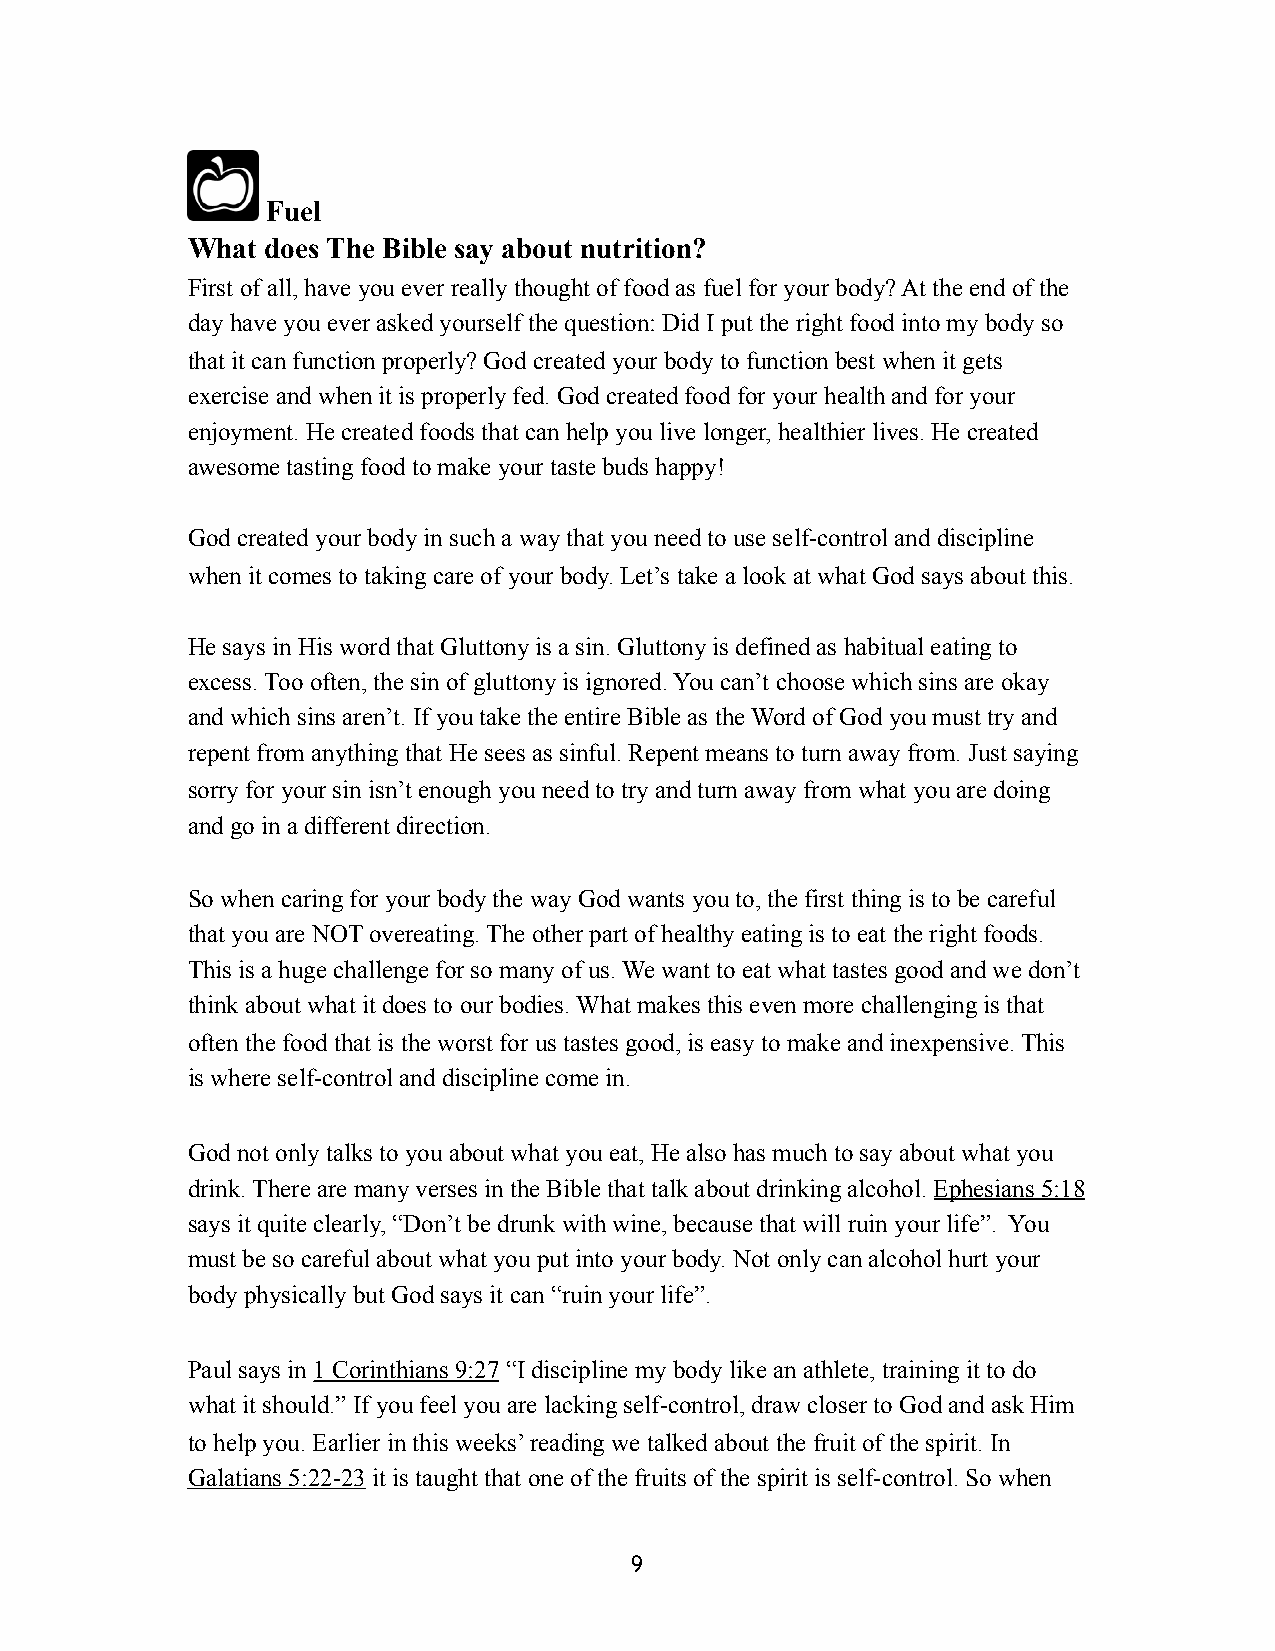
Fuel
 What  does The Bible say about nutrition?
 First of all, have you ever really thought of food as fuel for your body? At the end of the
 day have you ever asked yourself the question: Did I put the right food into my body so
 that it can function properly? God created your body to function best when it gets
 exercise and when it is properly fed. God created food for your health and for your
 enjoyment. He created foods that can help you live longer, healthier lives. He created
 awesome tasting food to make your taste buds happy!
 God created your body in such a way that you need to use self-control and discipline
 when it comes to taking care of your body. Let’s take a look at what God says about this.
 He says in His word that Gluttony is a sin. Gluttony is defined as habitual eating to
 excess. Too often, the sin of gluttony is ignored. You can’t choose which sins are okay
 and which sins aren’t. If you take the entire Bible as the Word of God you must try and
 repent from anything that He sees as sinful. Repent means to turn away from. Just saying
 sorry for your sin isn’t enough you need to try and turn away from what you are doing
 and go in a different direction.
 So when caring for your body the way God wants you to, the first thing is to be careful
 that you are NOT overeating. The other part of healthy eating is to eat the right foods.
 This is a huge challenge for so many of us. We want to eat what tastes good and we don’t
 think about what it does to our bodies. What makes this even more challenging is that
 often the food that is the worst for us tastes good, is easy to make and inexpensive. This
 is where self-control and discipline come in.
 God not only talks to you about what you eat, He also has much to say about what you
 drink. There are many verses in the Bible that talk about drinking alcohol. Ephesians 5:18
 says it quite clearly, “Don’t be drunk with wine, because that will ruin your life”. You
 must be so careful about what you put into your body. Not only can alcohol hurt your
 body physically but God says it can “ruin your life”.
 Paul says in 1 Corinthians 9:27 “I discipline my body like an athlete, training it to do
 what it should.” If you feel you are lacking self-control, draw closer to God and ask Him
 to help you. Earlier in this weeks’ reading we talked about the fruit of the spirit. In
 Galatians 5:22-23 it is taught that one of the fruits of the spirit is self-control. So when
 9